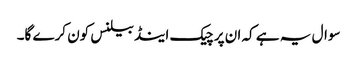
سوال یہ ہے کہ ان پر چیک اینڈ بیلنس کون کرے گا۔